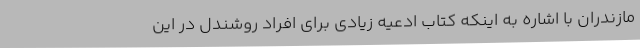
مازندران با اشاره به اینکه کتاب ادعیه زیادی برای افراد روشندل در این